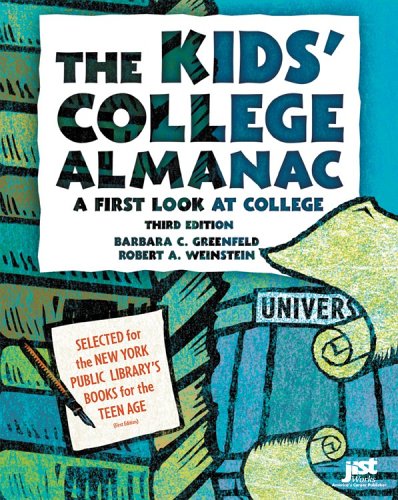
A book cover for The Kids' College Almanac: A First Look At College (Kids' College Almanac: First Look at College); Barbara C. Greenfeld; Teen & Young Adult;